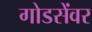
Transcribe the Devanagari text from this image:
गोडसेंवर